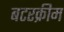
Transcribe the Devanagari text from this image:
बटरक्रीम